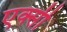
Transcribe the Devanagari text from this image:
एक्सी